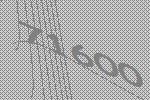
71600